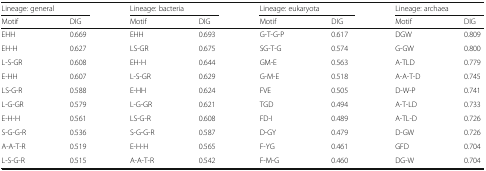
<table><thead><tr><td colspan="2"><b>Lineage: general</b></td><td colspan="2"><b>Lineage: bacteria</b></td><td colspan="2"><b>Lineage: eukaryota</b></td><td colspan="2"><b>Lineage: archaea</b></td></tr><tr><td><b>Motif</b></td><td><b>DIG</b></td><td><b>Motif</b></td><td><b>DIG</b></td><td><b>Motif</b></td><td><b>DIG</b></td><td><b>Motif</b></td><td><b>DIG</b></td></tr></thead><tbody><tr><td>EHH</td><td>0.669</td><td>EHH</td><td>0.693</td><td>G-T-G-P</td><td>0.617</td><td>DGW</td><td>0.809</td></tr><tr><td>EH-H</td><td>0.627</td><td>LS-GR</td><td>0.675</td><td>SG-T-G</td><td>0.574</td><td>G-GW</td><td>0.800</td></tr><tr><td>L-S-GR</td><td>0.608</td><td>EH-H</td><td>0.644</td><td>GM-E</td><td>0.563</td><td>A-TLD</td><td>0.779</td></tr><tr><td>E-HH</td><td>0.607</td><td>L-S-GR</td><td>0.629</td><td>G-M-E</td><td>0.518</td><td>A-A-T-D</td><td>0.745</td></tr><tr><td>LS-G-R</td><td>0.588</td><td>E-HH</td><td>0.624</td><td>FVE</td><td>0.505</td><td>D-W-P</td><td>0.741</td></tr><tr><td>L-G-GR</td><td>0.579</td><td>L-G-GR</td><td>0.621</td><td>TGD</td><td>0.494</td><td>A-T-LD</td><td>0.733</td></tr><tr><td>E-H-H</td><td>0.561</td><td>LS-G-R</td><td>0.608</td><td>FD-I</td><td>0.489</td><td>A-TL-D</td><td>0.726</td></tr><tr><td>S-G-G-R</td><td>0.536</td><td>S-G-G-R</td><td>0.587</td><td>D-GY</td><td>0.479</td><td>D-GW</td><td>0.726</td></tr><tr><td>A-A-T-R</td><td>0.519</td><td>E-H-H</td><td>0.565</td><td>F-YG</td><td>0.461</td><td>GFD</td><td>0.704</td></tr><tr><td>L-S-G-R</td><td>0.515</td><td>A-A-T-R</td><td>0.542</td><td>F-M-G</td><td>0.460</td><td>DG-W</td><td>0.704</td></tr></tbody></table>